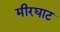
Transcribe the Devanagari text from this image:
मीरघाट